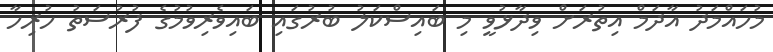
މުހައްމަދު އާދަމް އިތުރަށް ވިދާޅުވީ މި ބައިސްކަލު ބުރުގައި ބައިވެރިވުމުގެ ފުރުސަތު ހުރިހާ